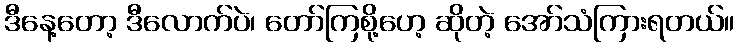
ဒီနေ့တော့ ဒီလောက်ပဲ၊ တော်ကြစို့ဟေ့ ဆိုတဲ့ အော်သံကြားရတယ်။